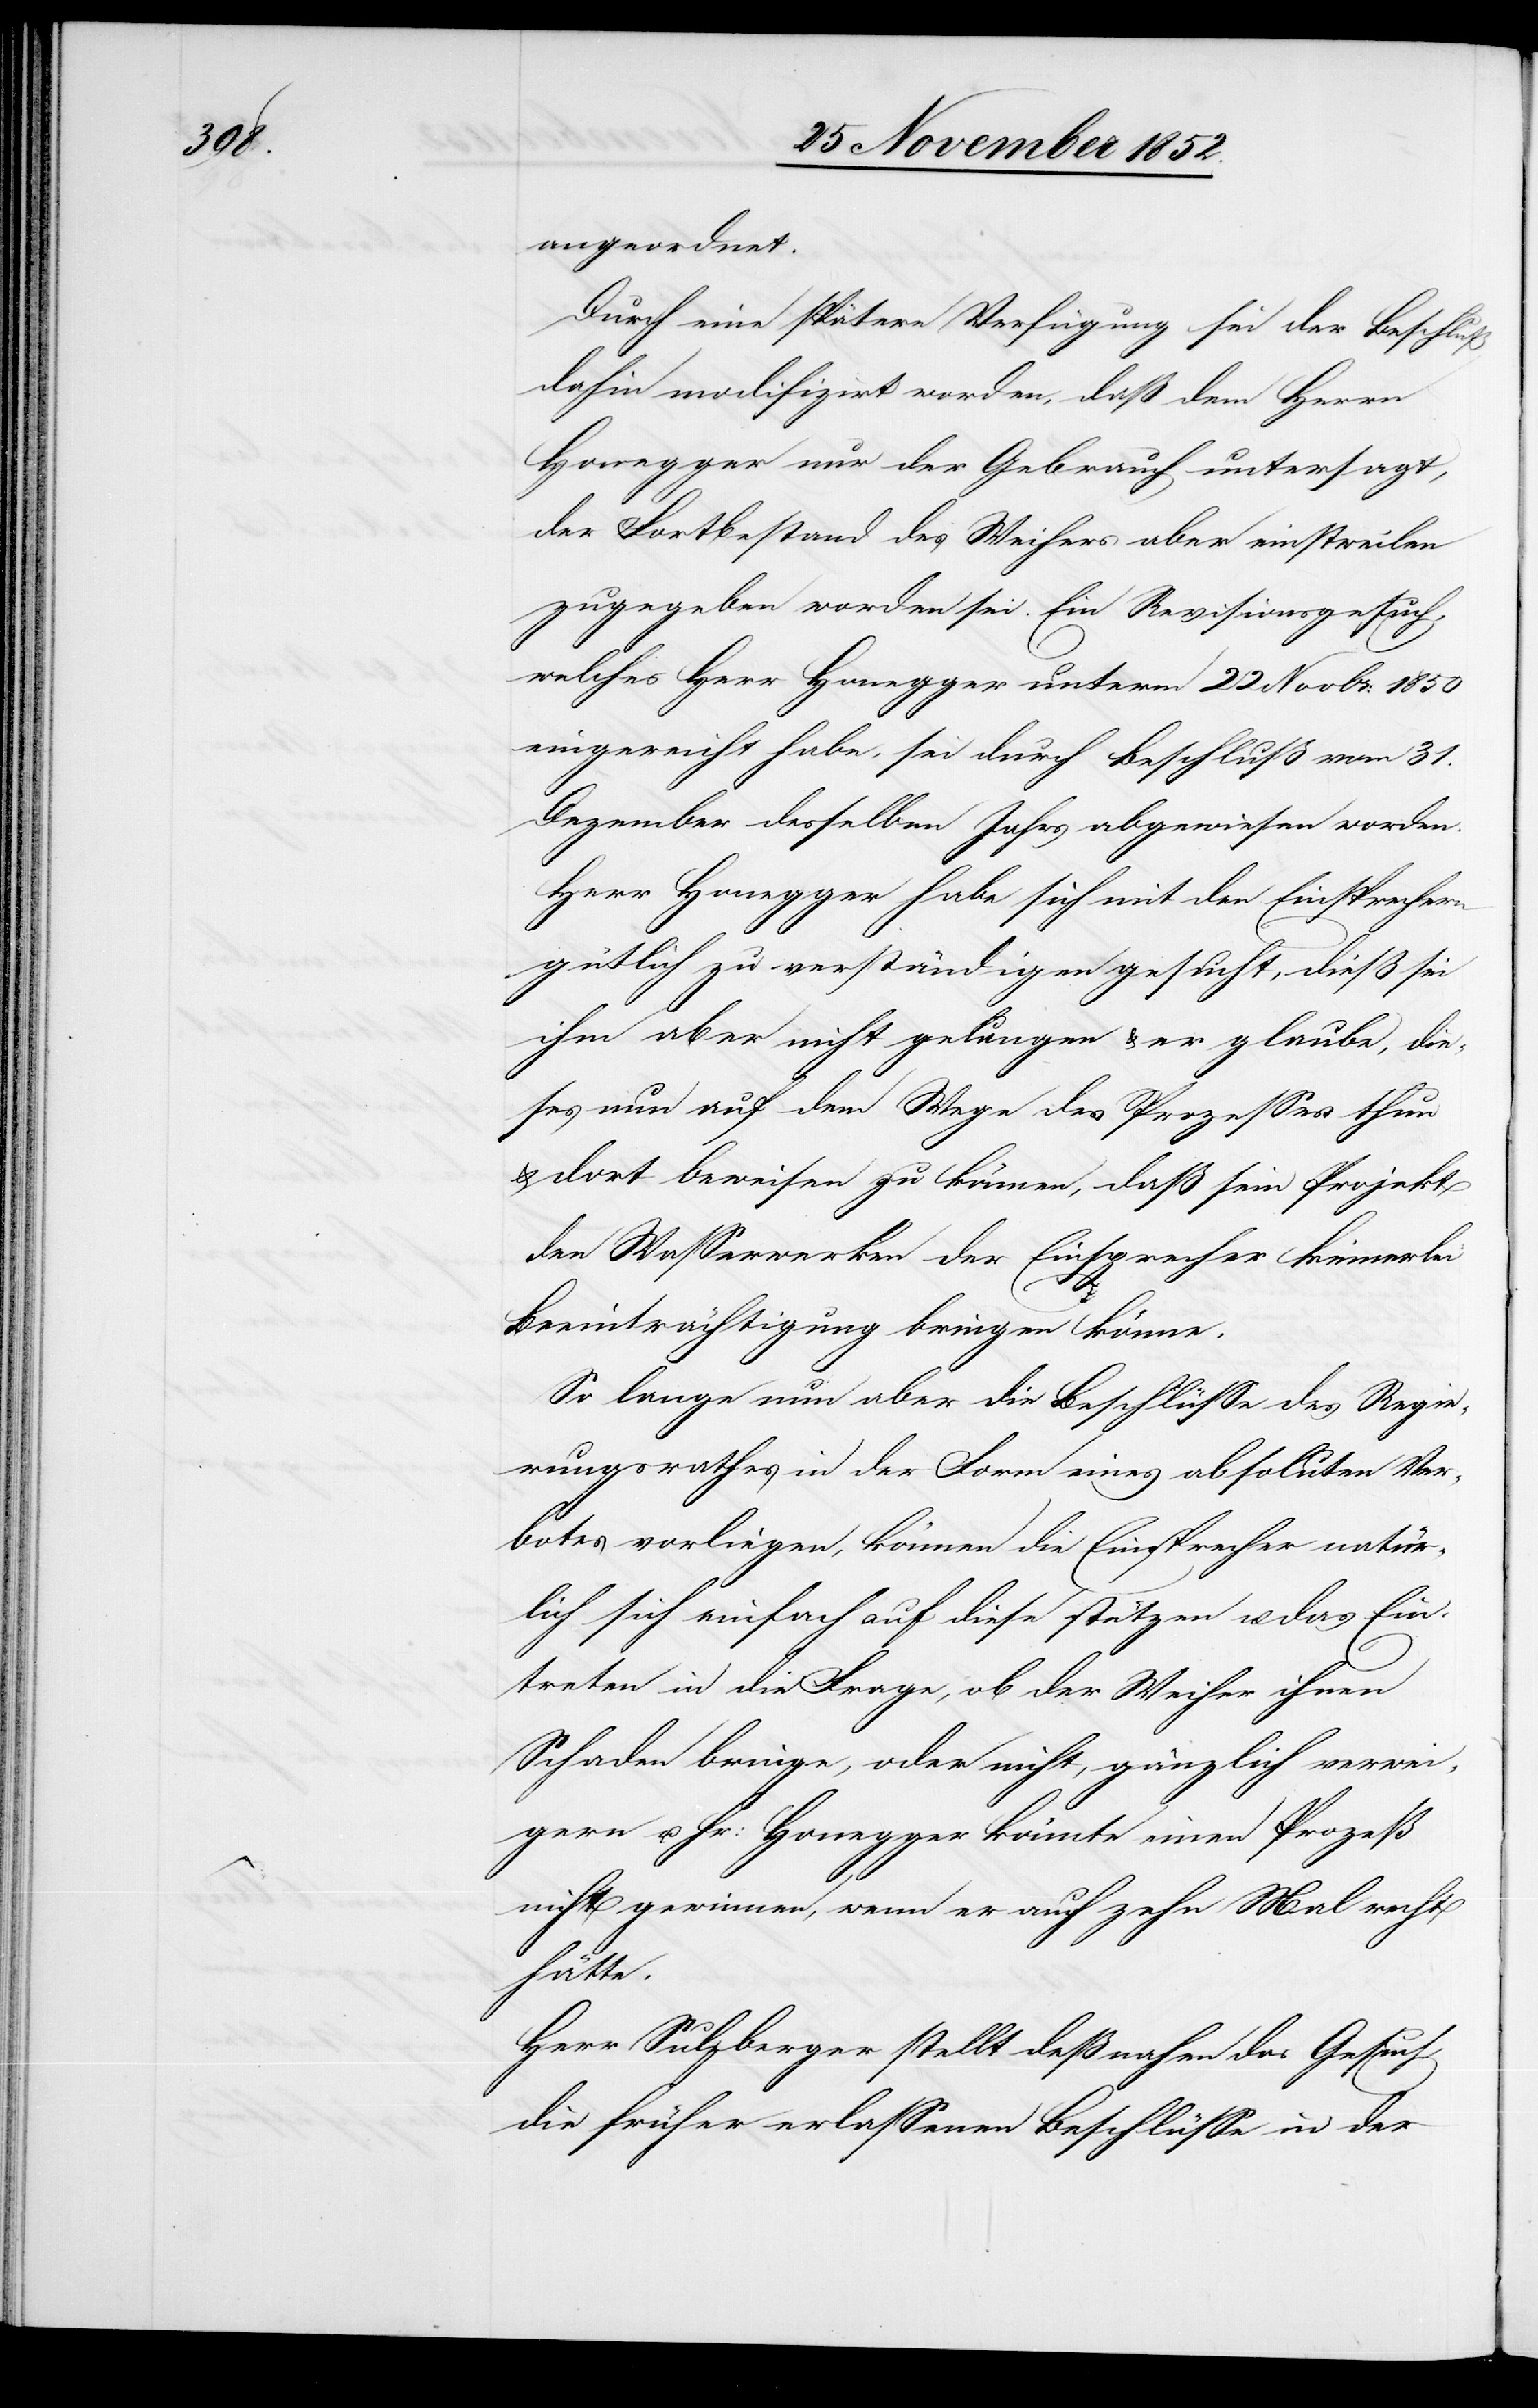
angeordnet.
Durch eine spätere Verfügung sei der Beschluß
dahin modifizirt worden, daß dem Herrn
Honegger nur der Gebrauch untersagt,
der Fortbestand des Weihers aber einstweilen
zugegeben worden sei. Ein Revisionsgesuch,
welches Herr Honegger unterm 22 Novbr: 1850
eingereicht habe, sei durch Beschluß vom 31.
Dezember desselben Jahrs abgewiesen worden.
Herr Honegger habe sich mit den Einsprechern
gütlich zu verständigen gesucht, dieß sei
ihm aber nicht gelungen & er glaube, die¬
ses nun auf dem Wege des Prozesses thun
& dort beweisen zu können, daß sein Projekt
den Wasserwerken der Einsprecher keinerlei
Beeinträchtigung bringen könne.
So lange nun aber die Beschlüsse des Regie¬
rungsrathes in der Form eines absoluten Ver¬
botes vorliegen, können die Einsprecher natür¬
lich sich einfach auf diese stützen u. das Ein¬
treten in die Frage, ob der Weiher ihnen
Schaden bringe, oder nicht, gänzlich verwei¬
gern u. Hr: Honegger könnte einen Prozeß
nicht gewinnen, wenn er auch zehn Mal recht
hätte.
Herr Sulzberger stellt deßnahen das Gesuch,
die früher erlassenen Beschlüsse in der